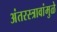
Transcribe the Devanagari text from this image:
अंतरस्त्रावांमुळे